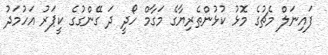
ފައިނަލް މެޗުގެ މޮޅު ކުޅުންތެރިޔާގެ މަގާމް ހޯދީ ދަ ގޭންގުގެ ކީޕަރު އަހުމަދު